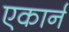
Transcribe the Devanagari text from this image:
एकार्न